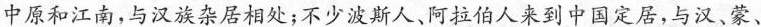
中原和江南，与汉族杂居相处；不少波斯人、阿拉伯人来到中国定居，与汉、蒙、